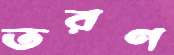
তরণ